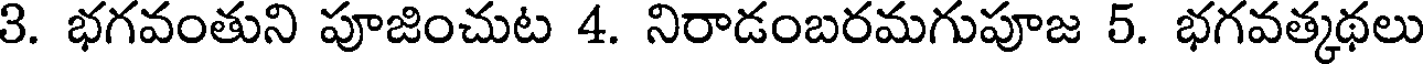
3. భగవంతుని పూజించుట 4. నిరాడంబరమగుపూజ 5. భగవత్కథలు